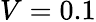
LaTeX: V=0.1